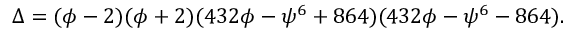
\Delta = ( \phi - 2 ) ( \phi + 2 ) ( 4 3 2 \phi - \psi ^ { 6 } + 8 6 4 ) ( 4 3 2 \phi - \psi ^ { 6 } - 8 6 4 ) .